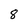
Character: 8